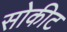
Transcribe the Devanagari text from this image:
सोकीट